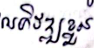
អភិវឌ្ឍខ្លួន